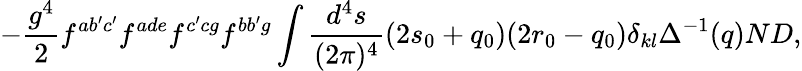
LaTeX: -\frac{g^{4}}{2}f^{ab^{\prime}c^{\prime}}f^{ade}f^{c^{\prime}cg}f^{bb^{\prime}g}\int\frac{d^{4}s}{(2\pi)^{4}}(2s_{0}+q_{0})(2r_{0}-q_{0})\delta_{kl}\Delta^{-1}(q)ND,